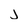
Character: j